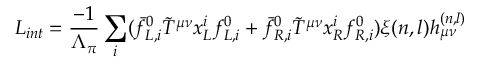
{ \cal L } _ { i n t } = { \frac { - 1 } { \Lambda _ { \pi } } } \sum _ { i } ( \bar { f } _ { L , i } ^ { 0 } \tilde { T } ^ { \mu \nu } x _ { L } ^ { i } f _ { L , i } ^ { 0 } + \bar { f } _ { R , i } ^ { 0 } \tilde { T } ^ { \mu \nu } x _ { R } ^ { i } f _ { R , i } ^ { 0 } ) \xi ( n , l ) h _ { \mu \nu } ^ { ( n , l ) } \,